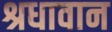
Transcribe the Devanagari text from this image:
श्रधावान